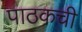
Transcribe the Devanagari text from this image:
पाठकची